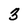
Character: 3